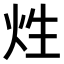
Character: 𤇣